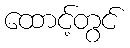
ထောင့်တွင်